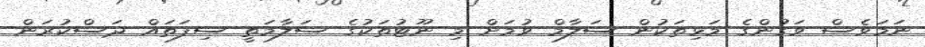
ނަމަވެސް ވަގުންގެ މަޅިތަކުން ސަލާމް ވުމަށް މި ނޫޓުތަކުގެ ސަލާމަތީ ސިފަތައް ދަސްކުރަން